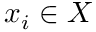
x _ { i } \in X